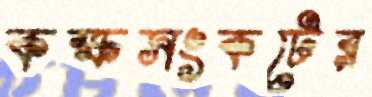
কক্ষসংকটের